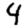
Digit: 4